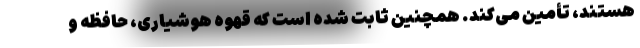
هستند، تأمین می‌کند. همچنین ثابت شده است که قهوه هوشیاری، حافظه و